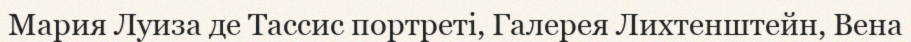
Мария Луиза де Тассис портреті, Галерея Лихтенштейн, Вена